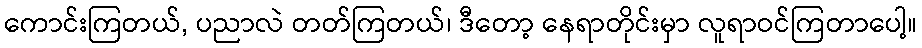
ကောင်းကြတယ်, ပညာလဲ တတ်ကြတယ်၊ ဒီတော့ နေရာတိုင်းမှာ လူရာဝင်ကြတာပေါ့။